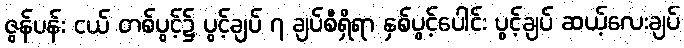
ဇွန်ပန်း ငယ် တစ်ပွင့်၌ ပွင့်ချပ် ၇ ချပ်စီရှိရာ နှစ်ပွင့်ပေါင်း ပွင့်ချပ် ဆယ့်လေးချပ်